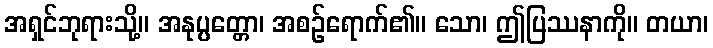
အရှင်ဘုရားသို့။ အနုပ္ပတ္တော၊ အစဉ်ရောက်၏။ သော၊ ဤပြဿနာကို။ တယာ၊